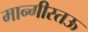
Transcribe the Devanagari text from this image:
मान्गीस्तऊ